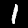
Label: 1